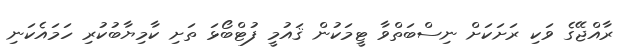
ރާއްޖޭގެ ވަކި ރަށަކަށް ނިސްބަތްވާ ޓީމަކުން ޤައުމީ ފުޓްބޯޅަ ތަށި ކާމިޔާބުކުރި ހަމައެކަނި